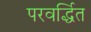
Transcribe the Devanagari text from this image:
परवर्द्धित